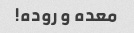
معده و روده!